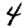
Digit: 4